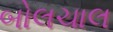
બોલચાલ